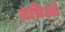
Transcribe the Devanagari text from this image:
यत्रिओ